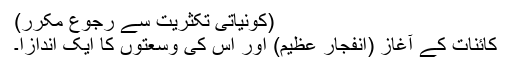
(کونیاتی تکثریت سے رجوع مکرر)
کائنات کے آغاز (انفجار عظیم) اور اس کی وسعتوں کا ایک اندازا۔